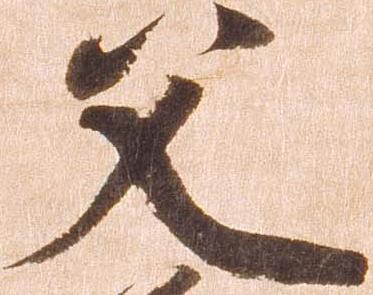
父